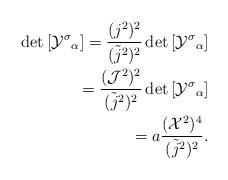
LaTeX: \begin{align*}{\rm det} \left[ {{\cal Y}^{\sigma}}_{\alpha} \right] = \frac{(j^2)^2}{({\tilde j}^2)^2} \, {\rm det} \left[ {{\cal Y}^{\sigma}}_{\alpha} \right] \\ = \frac{({\cal J}^2)^2} {({\tilde j}^2)^2} \, {\rm det} \left[ {{\cal Y}^{\sigma}}_{\alpha} \right] \\ = a \frac{({\cal X}^2)^4} {({\tilde j}^2)^2}.\end{align*}